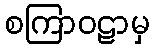
စကြာဝဠာမှ